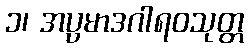
၁၊ အပ္ပမာဒဂါရဝသုတ္တ